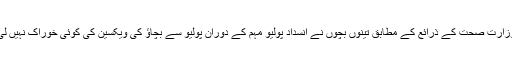
وزارت صحت کے ذرائع کے مطابق تینوں بچوں نے انسداد پولیو مہم کے دوران پولیو سے بچاؤ کی ویکسین کی کوئی خوراک نہیں لی۔